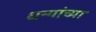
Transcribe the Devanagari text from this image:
धन्यांच्या